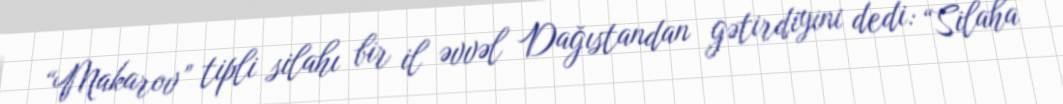
“Makarov” tipli silahı bir il əvvəl Dağıstandan gətirdiyini dedi: “Silaha